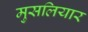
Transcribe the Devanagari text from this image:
मुसलियार